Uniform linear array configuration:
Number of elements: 8
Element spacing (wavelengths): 1
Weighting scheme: blackman
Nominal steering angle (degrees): -30
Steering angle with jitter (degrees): -28.168
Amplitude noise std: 0.05
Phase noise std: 0.05

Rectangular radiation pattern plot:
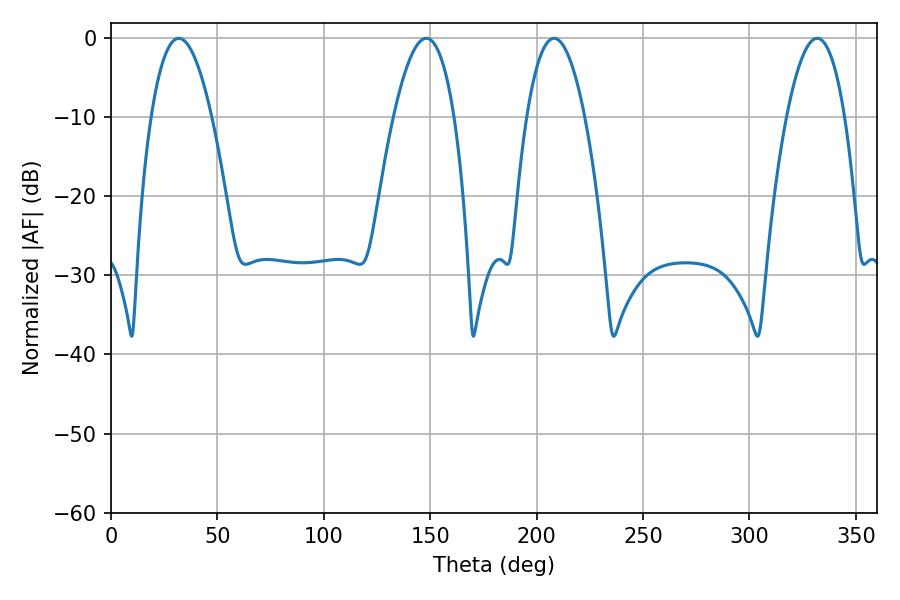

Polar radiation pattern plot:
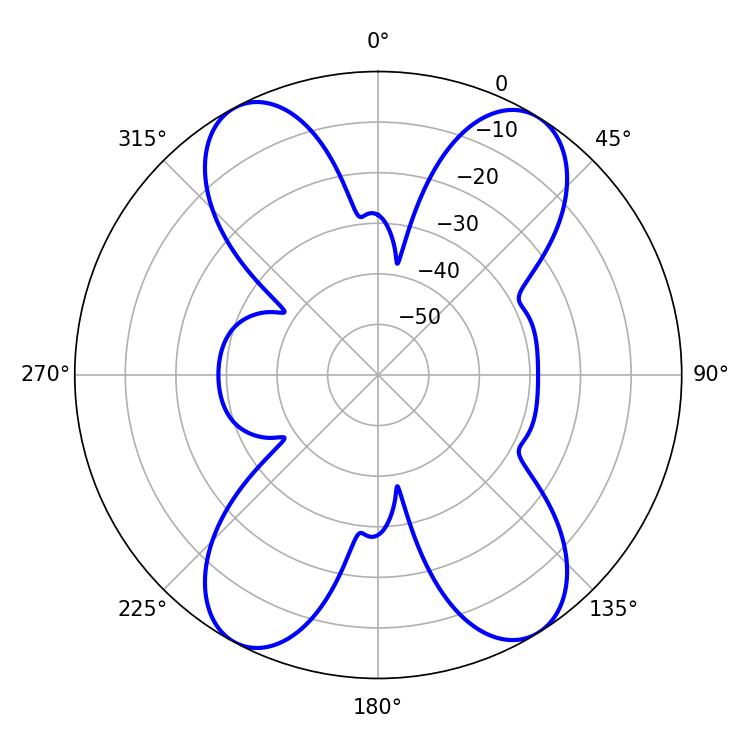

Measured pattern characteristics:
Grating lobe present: TRUE
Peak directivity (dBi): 16.329
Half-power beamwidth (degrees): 15.84
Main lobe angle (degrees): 31.86